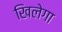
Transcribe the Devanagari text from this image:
खिलेगा